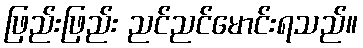
ဖြည်းဖြည်း ညင်ညင်မောင်းရသည်။